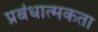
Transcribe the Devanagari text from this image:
प्रबंधात्मकता